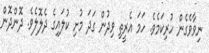
ނިވާވެގެން ހުރިކަމެވެ. ހަމަ އެރީތި ވިދުން ގަދަ މުށި ކުލައިގެ ދެލޮލެވެ. ދޮންދޮން